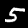
Digit: 5